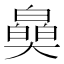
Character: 𤾪